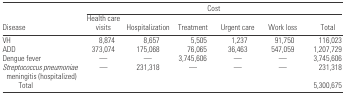
|  | <COLSPAN=6> Cost |
 | Disease | Health care visits | Hospitalization | Treatment | Urgent care | Work loss | Total |
 | --- | --- | --- | --- | --- | --- | --- |
 | VH | 8,874 | 8,657 | 5,505 | 1,237 | 91,750 | 116,023 |
 | ADD | 373,074 | 175,068 | 76,065 | 36,463 | 547,059 | 1,207,729 |
 | Dengue fever | — | — | 3,745,606 | — | — | 3,745,606 |
 | Streptococcus pneumoniae meningitis (hospitalized) | — | 231,318 | — | — | — | 231,318 |
 | Total |  |  |  |  |  | 5,300,675 |